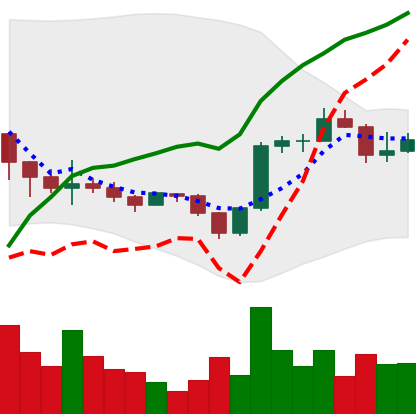
Ticker: BNB-USD
Chart end date: 2022-11-30
Forward return: -4.096%
Label: down_3_5